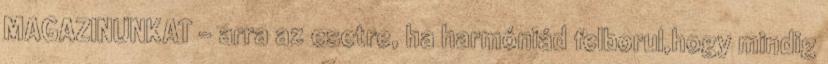
MAGAZINUNKAT - arra az esetre, ha harmóniád felborul,hogy mindig